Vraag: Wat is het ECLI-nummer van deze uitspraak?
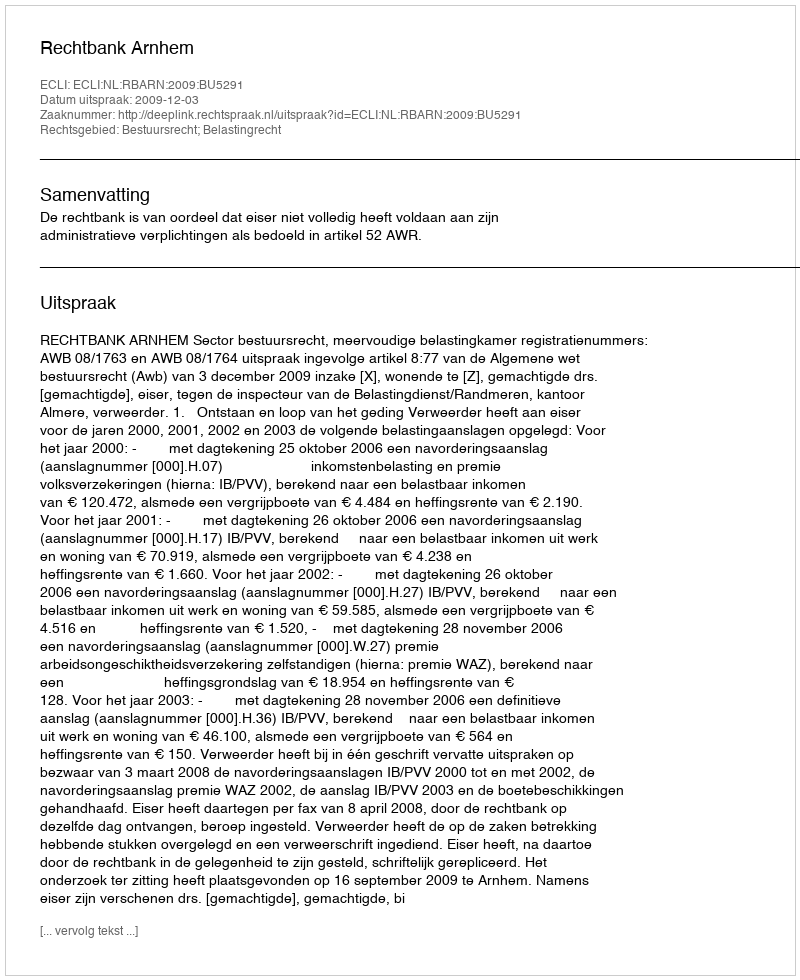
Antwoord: ECLI:NL:RBARN:2009:BU5291